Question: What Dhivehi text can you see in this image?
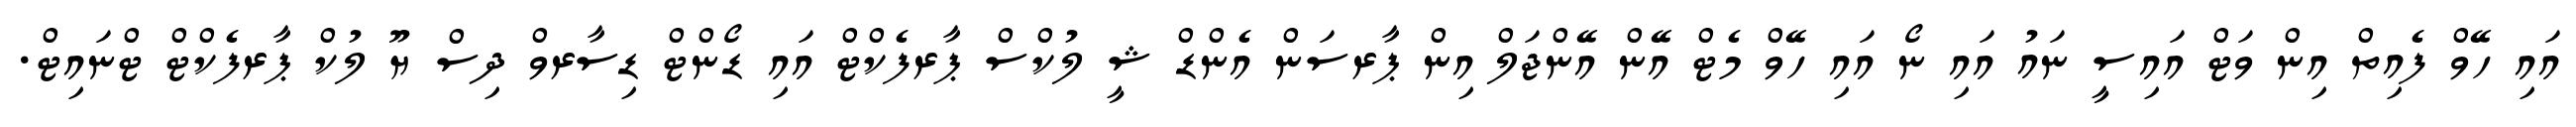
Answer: އައި ހޭވް ފެއިތް އިން ވަޓް އައިސީ ނައު އައި ނޯ އައި ހޭވް މެޓް އޭން އޭންޖަލް އިން ޕާރސަން އެންޑް ޝީ ލުކްސް ޕާރފެކްޓް އައި ޑޯންޓް ޑިސާރވް ދިސް ޔޫ ލުކް ޕާރފެކްޓް ޓްނައިޓް.